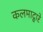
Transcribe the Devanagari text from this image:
कलमाद्वारे